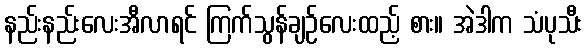
နည်းနည်းလေးအီလာရင် ကြက်သွန်ချဉ်လေးထည့် စား။ အဲဒါက သံပုသီး